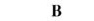
B